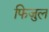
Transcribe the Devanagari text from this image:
फिजुल